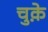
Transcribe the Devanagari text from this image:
चुक़े